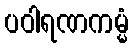
ပဝါရဏကမ္မံ